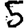
Digit: 5